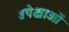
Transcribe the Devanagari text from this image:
उपेक्षाअों